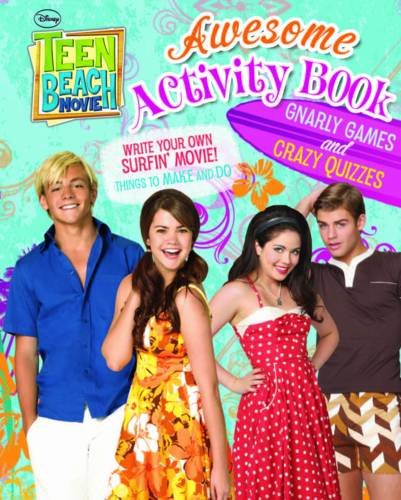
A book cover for Disney Teen Beach Movie Activity Book; Disney; Teen & Young Adult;